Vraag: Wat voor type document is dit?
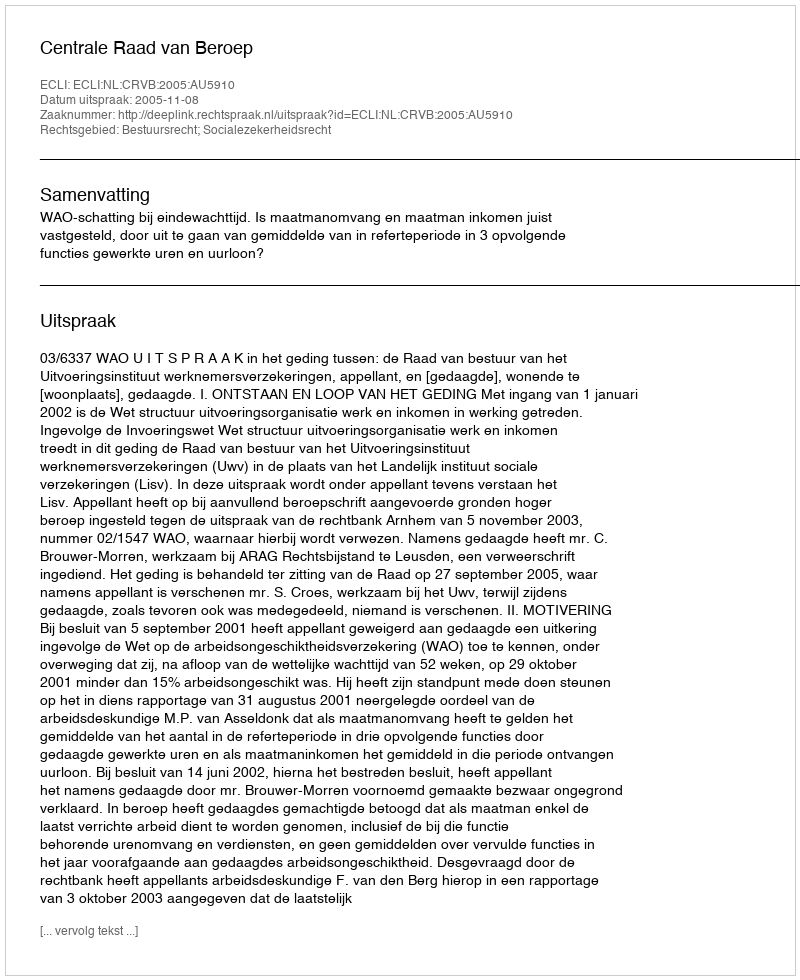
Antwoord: Uitspraak